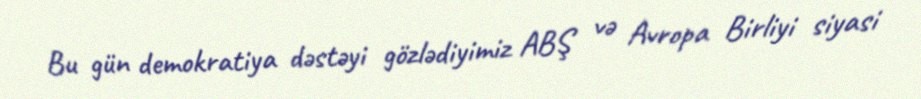
Bu gün demokratiya dəstəyi gözlədiyimiz ABŞ və Avropa Birliyi siyasi